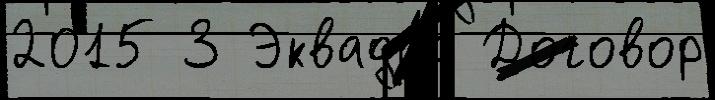
2015 3 Эквадо́р Договор